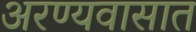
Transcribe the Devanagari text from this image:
अरण्यवासात